Civil Veterinary Dept. Bombay admin report 1907-1913 - 1907-1913
Year: 1907
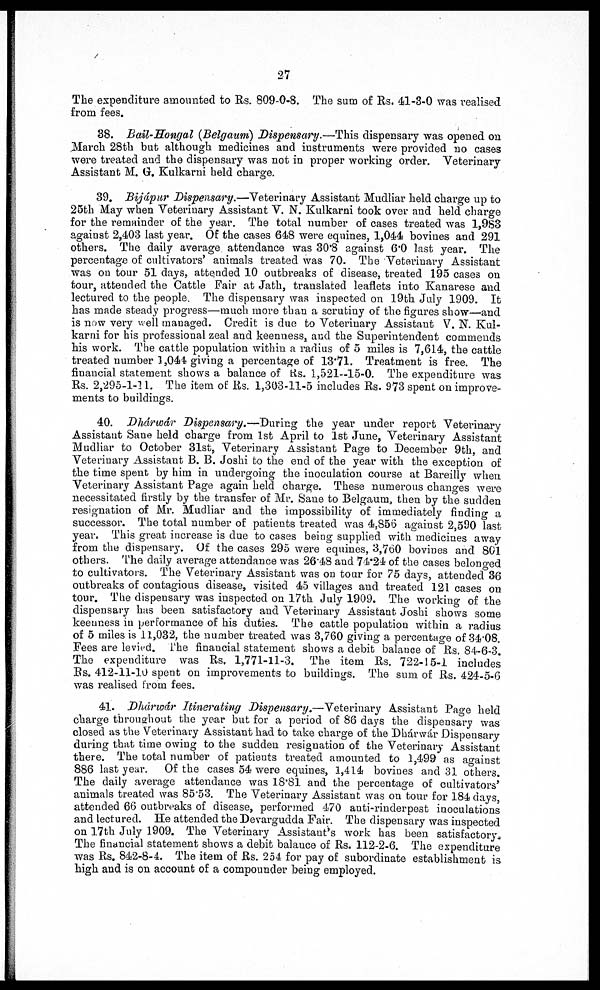
27
The expenditure amounted to Rs. 809-0-8. The sum of Rs. 41-3-0 was realised
from fees.
38. Bail-Hongal (Belgaum) Dispensary.—This dispensary was opened on
March 28th bub although medicines and instruments were provided no cases
were treated and the dispensary was not in proper working order. Veterinary
Assistant M. G. Kulkarni held charge.
39. Bijápur Dispensary.—Veterinary Assistant Mudliar held charge up to
25th May when Veterinary Assistant V. N. Kulkarni took over and held charge
for the remainder of the year. The total number of cases treated was 1,983
against 2,403 last year. Of the cases 648 were eqnines, 1,044 bovines and 291
others. The daily average attendance was 30.8 against 6.0 last year. The
percentage of cultivators' animals treated was 70. The Veterinary Assistant
was on tour 51 days, attended 10 outbreaks of disease, treated 195 cases on
tour, attended the Cattle Fair at Jath, translated leaflets into Kanarese and
lectured to the people. The dispensary was inspected on 19th July 1909. It
has made steady progress—much more than a scrutiny of the figures show—and
is now very well managed. Credit is due to Veterinary Assistant V. N. Kul-
karni for his professional zeal and keenness, and the Superintendent commends
his work. The cattle population within a radius of 5 miles is 7,614, the cattle
treated number 1,044 giving a percentage of 13.71. Treatment is free. The
financial statement shows a balance of Rs. 1,521—15-0. The expenditure was
Rs. 2,295-1-11. The item of Rs. 1,303-11-5 includes Rs. 973 spent on improve-
ments to buildings.
40. Dhárwár Dispensary.—During the year under report Veterinary
Assistant Sane held charge from 1st April to 1st June, Veterinary Assistant
Mudliar to October 31st, Veterinary Assistant Page to December 9th, and
Veterinary Assistant B. B. Joshi to the end of the year with the exception of
the time spent by him in undergoing the inoculation course at Bareilly when
Veterinary Assistant Page again held charge. These numerous changes were
necessitated firstly by the transfer of Mr. Sane to Belgaum, then by the sudden
resignation of Mr. Mudliar and the impossibility of immediately finding a
successor. The total number of patients treated was 4,856 against 2,590 last
year. This great increase is due to cases being supplied with medicines away
from the dispensary. Of the cases 295 were equines, 3,760 bovines and 801
others. The daily average attendance was 26.48 and 74.24 of the cases belonged
to cultivators. The Veterinary Assistant was on tour for 75 days, attended 36
outbreaks of contagious disease, visited 45 villages and treated 121 cases on
tour. The dispensary was inspected on 17th July 1909. The working of the
dispensary has been satisfactory and Veterinary Assistant Joshi shows some
keenness in performance of his duties. The cattle population within a radius
of 5 miles is 11,032, the number treated was 3,760 giving a percentage of 34.08.
Fees are levied. The financial statement shows a debit balance of Rs, 84-6-3.
The expenditure was Rs, 1,771-11-3. The item Rs. 722-15-1 includes
Rs. 412-11-10 spent on improvements to buildings. The sum of Rs. 424-5-6
was realised from fees.
41. Dhárwár Itinerating Dispensary.—Veterinary Assistant Page held
charge throughout the year but for a period of 86 days the dispensary was
closed as the Veterinary Assistant had to take charge of the Dhárwár Dispensary
during that time owing to the sudden resignation of the Veterinary Assistant
there. The total number of patients treated amounted to 1,499 as against
886 last year. Of the cases 54 were equines, 1,414 bovines and 31 others.
The daily average attendance was 18.81 and the percentage of cultivators'
animals treated was 8553. The Veterinary Assistant was on tour for 184 days,
attended 66 outbreaks of disease, performed 470 anti-rinderpest inoculations
and lectured. He attended the Devargudda Fair. The dispensary was inspected
on 17th July 1909. The Veterinary Assistant's work has been satisfactory,
The financial statement shows a debit balance of Rs. 112-2-6. The expenditure
was Rs. 842-8-4. The item of Rs. 254 for pay of subordinate establishment is
high and is on account of a compounder being employed.